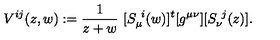
V ^ { i j } ( z , w ) : = { \frac { 1 } { z + w } } \ [ S _ { \mu } ^ { \ i } ( w ) ] ^ { t } [ g ^ { \mu \nu } ] [ S _ { \nu } ^ { \ j } ( z ) ] .